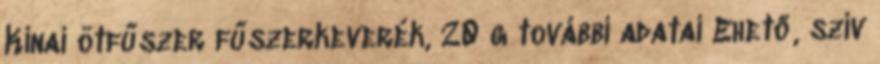
Kínai ötfűszer fűszerkeverék, 20 g további adatai Ehető, szív